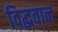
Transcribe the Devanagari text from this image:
विद्धवान